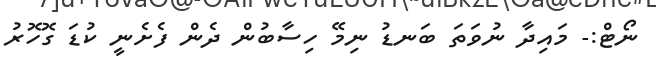
ނޯޓް:- މައިދާ ނުވަތަ ބަނޑު ނިމޭ ހިސާބުން ދެން ފެށެނީ ކުޑަ ގޮހޮރު